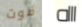
فوت اااه